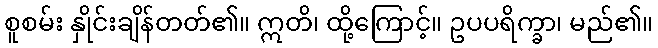
စူစမ်း နှိုင်းချိန်တတ်၏။ ဣတိ၊ ထို့ကြောင့်။ ဥပပရိက္ခာ၊ မည်၏။